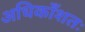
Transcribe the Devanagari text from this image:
अधिकाँशतः